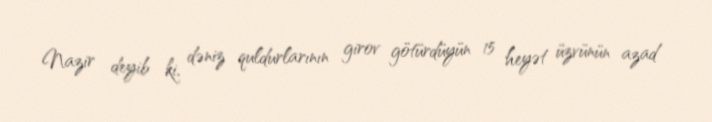
Nazir deyib ki, dəniz quldurlarının girov götürdüyün 15 heyət üzvünün azad